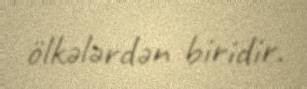
ölkələrdən biridir.